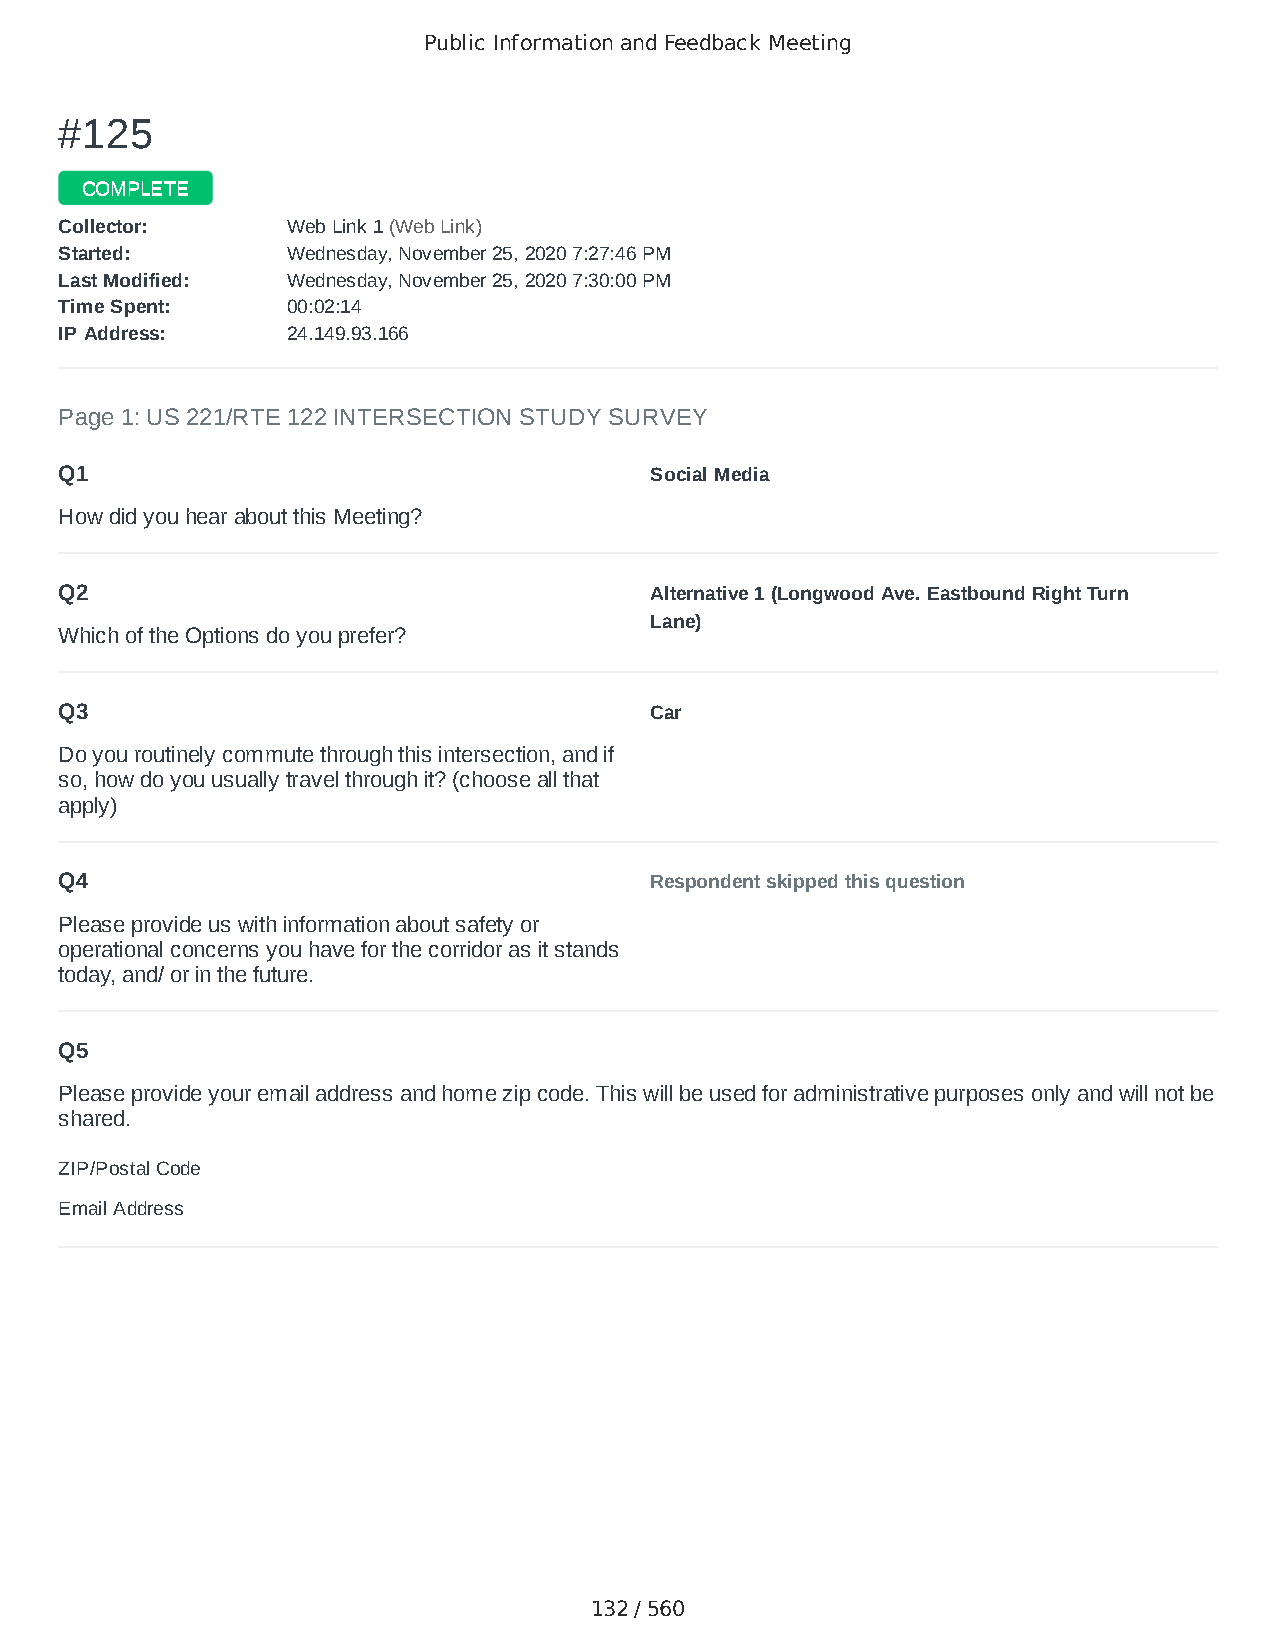
Public Information and Feedback Meeting
 ##112255
 CCOOMMPPLLEETTEE
 CCoolllleeccttoorr:: WWeebb LLiinnkk 11 ((WWeebb LLiinnkk))
 SSttaarrtteedd:: WWeeddnneessddaayy,, NNoovveemmbbeerr 2255,, 22002200 77::2277::4466 PPMM
 LLaasstt MMooddiiffiieedd:: WWeeddnneessddaayy,, NNoovveemmbbeerr 2255,, 22002200 77::3300::0000 PPMM
 TTiimmee SSppeenntt:: 0000::0022::1144
 IIPP AAddddrreessss:: 2244..114499..9933..116666
 Page 1: US 221/RTE 122 INTERSECTION STUDY SURVEY
 Q1                                     Social Media
 How did you hear about this Meeting?
 Q2                                     Alternative 1 (Longwood Ave. Eastbound Right Turn
 Lane)
 Which of the Options do you prefer?
 Q3                                     Car
 Do you routinely commute through this intersection, and if
 so, how do you usually travel through it? (choose all that
 apply)
 Q4                                     Respondent skipped this question
 Please provide us with information about safety or
 operational concerns you have for the corridor as it stands
 today, and/ or in the future.
 Q5
 Please provide your email address and home zip code. This will be used for administrative purposes only and will not be
 shared.
 ZIP/Postal Code                        24523
 Email Address                          mountainmanmorton@gmail.com
 132 / 560